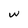
Character: w